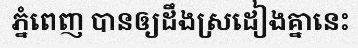
ភ្នំពេញ បានឲ្យដឹងស្រដៀងគ្នានេះ